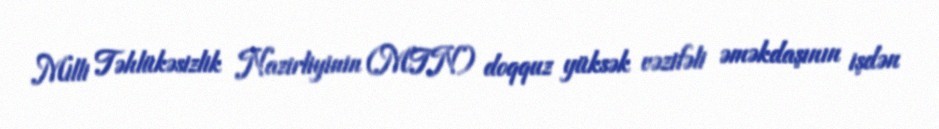
Milli Təhlükəsizlik Nazirliyinin (MTN) doqquz yüksək vəzifəli əməkdaşının işdən